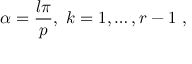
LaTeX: \alpha = \frac { l \pi } { p } , \, \, k = 1 , \ldots , r - 1 \, \, ,